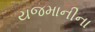
યજમાનીના